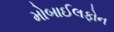
મોબાઈલફોન